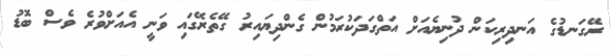
ރޭގަނޑުގެ އަނދިރިކަން ދުނިޔެއަށް އަތްގަދަކުރަމުން ގެންދިޔައިރު ގޭތެރޭގައި ވަނީ އެއަށްވުރެ ވެސް ބޮޑު